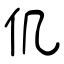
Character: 仉